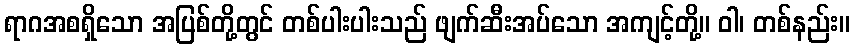
ရာဂအစရှိသော အပြစ်တို့တွင် တစ်ပါးပါးသည် ဖျက်ဆီးအပ်သော အကျင့်တို့။ ဝါ၊ တစ်နည်း။